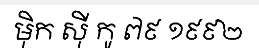
ម៉ិក ស៊ី កូ ៧៩ ១៩៩២